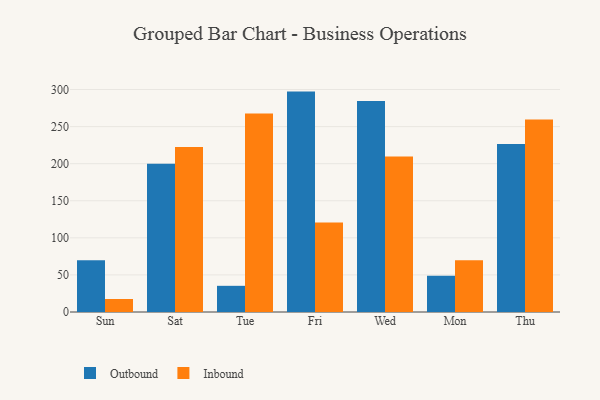
{"axis": {"x": "Day", "y": "Net Income (USD K)"}, "legend": ["Inbound", "Outbound"], "data": [{"x": "Sun", "y": 69.9, "type": "Outbound"}, {"x": "Sun", "y": 17.5, "type": "Inbound"}, {"x": "Sat", "y": 199.9, "type": "Outbound"}, {"x": "Sat", "y": 222.6, "type": "Inbound"}, {"x": "Tue", "y": 35.3, "type": "Outbound"}, {"x": "Tue", "y": 267.8, "type": "Inbound"}, {"x": "Fri", "y": 297.2, "type": "Outbound"}, {"x": "Fri", "y": 120.6, "type": "Inbound"}, {"x": "Wed", "y": 284.4, "type": "Outbound"}, {"x": "Wed", "y": 209.8, "type": "Inbound"}, {"x": "Mon", "y": 49.0, "type": "Outbound"}, {"x": "Mon", "y": 69.7, "type": "Inbound"}, {"x": "Thu", "y": 226.4, "type": "Outbound"}, {"x": "Thu", "y": 259.5, "type": "Inbound"}]}